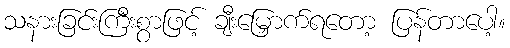
သနားခြင်းကြီးစွာဖြင့် ချီးမြှောက်ရတော့ ပြန်တာပေါ့။